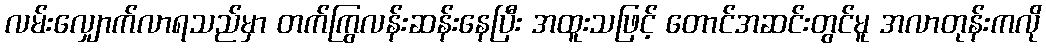
လမ်းလျှောက်လာရသည်မှာ တက်ကြွလန်းဆန်းနေပြီး အထူးသဖြင့် တောင်အဆင်းတွင်မူ အလာတုန်းကလို